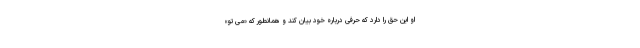
او این حق را دارد که حرفی درباره خود بیان کند و همانطور که «می تو»